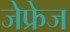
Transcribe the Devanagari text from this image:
जेफ्रेज